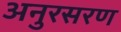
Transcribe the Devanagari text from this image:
अनुरसरण